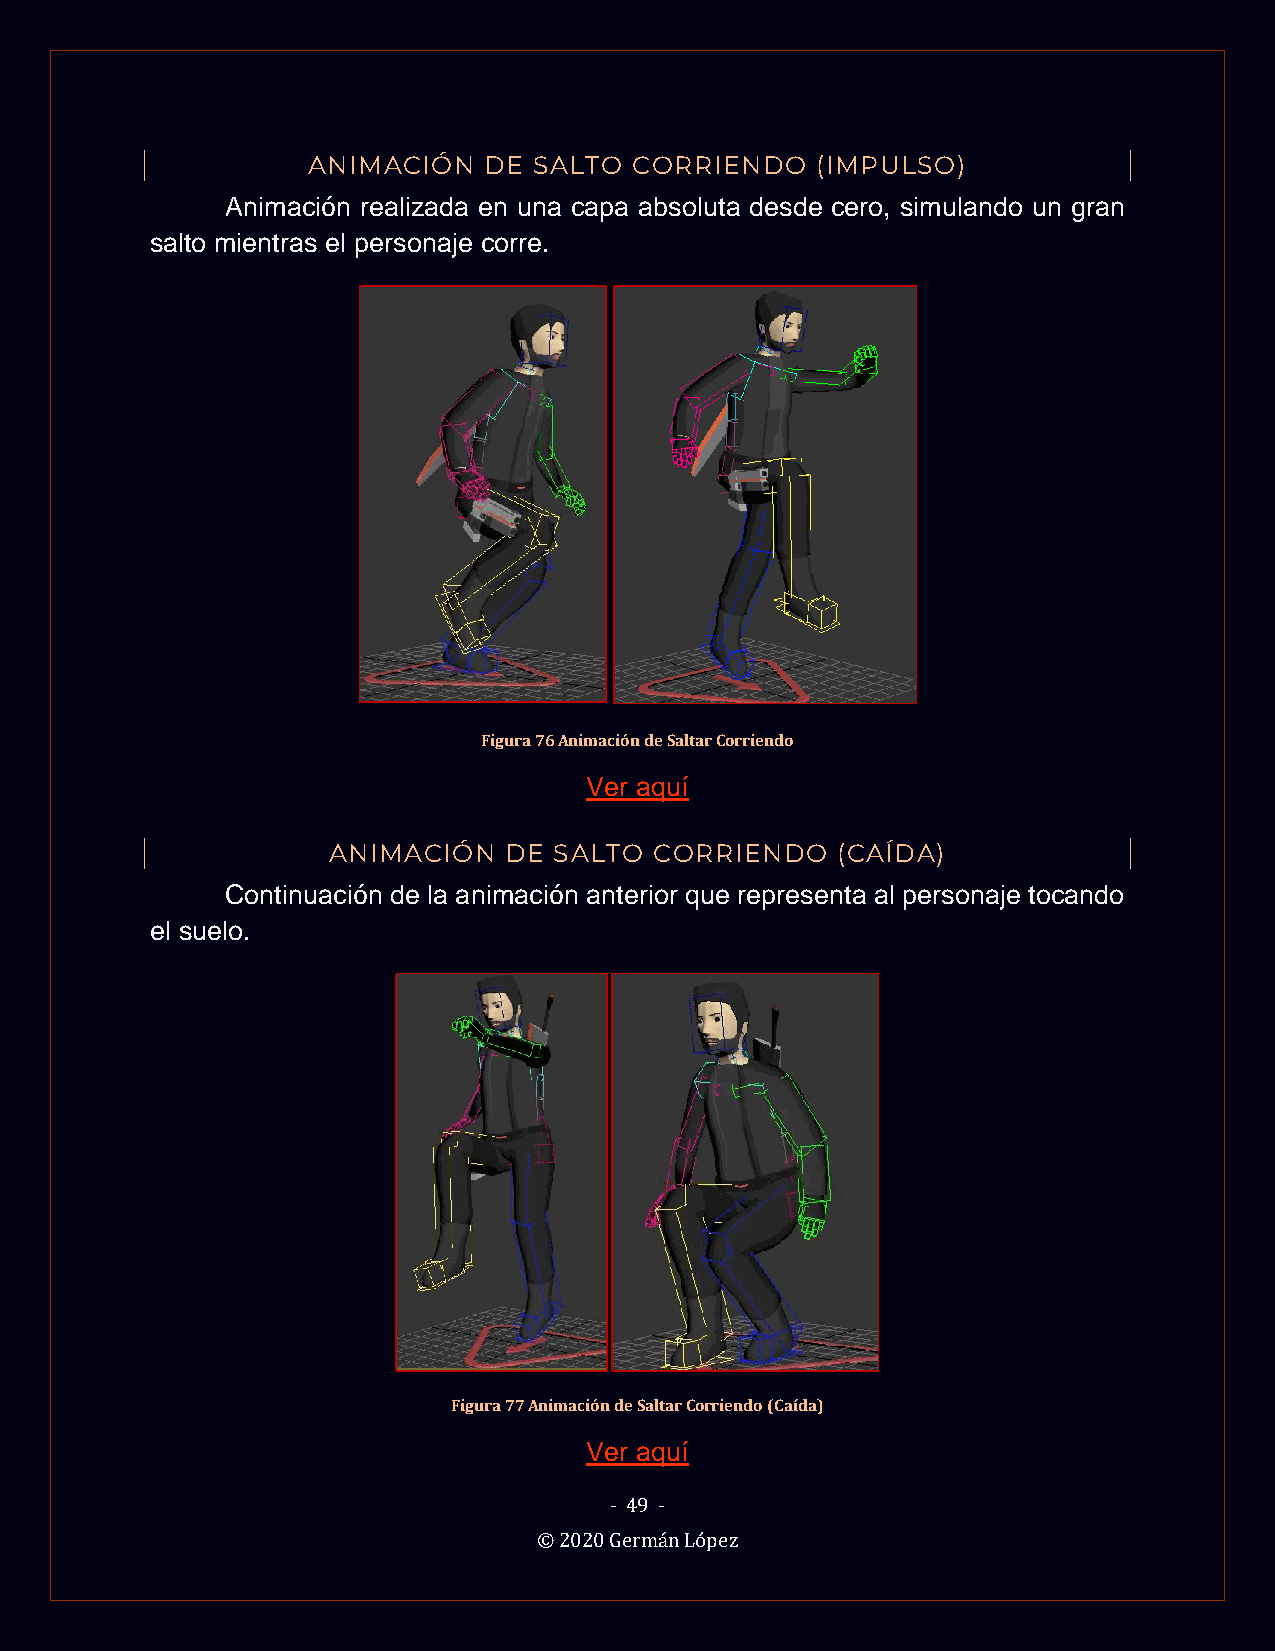
ANIMACIÓN   DE SALTO  CORRIENDO   (IMPULSO)
 Animación realizada en una capa absoluta desde cero, simulando un gran
 salto mientras el personaje corre.
 Figura 76 Animación de Saltar Corriendo
 Ver aquí
 ANIMACIÓN  DE  SALTO CORRIENDO   (CAÍDA)
 Continuación de la animación anterior que representa al personaje tocando
 el suelo.
 Figura 77 Animación de Saltar Corriendo (Caída)
 Ver aquí
 - 49 -
 © 2020 Germán López